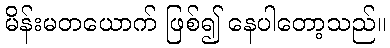
မိန်းမတယောက် ဖြစ်၍ နေပါတော့သည်။